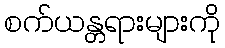
စက်ယန္တရားများကို